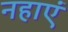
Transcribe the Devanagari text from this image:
नहाएं